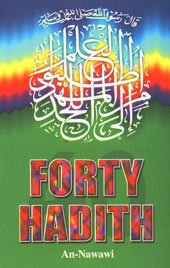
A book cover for Forty Hadith; Denys Johnson Davies; Religion & Spirituality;